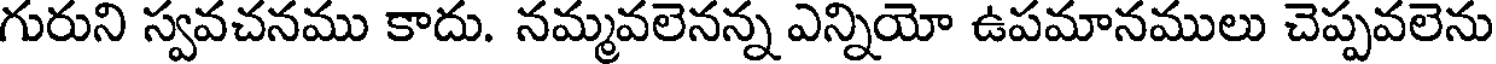
గురుని స్వవచనము కాదు. నమ్మవలెనన్న ఎన్నియో ఉపమానములు చెప్పవలెను